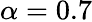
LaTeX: \alpha=0.7